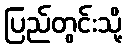
ပြည်တွင်းသို့